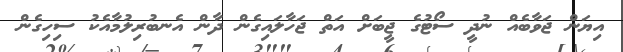
އިޔަން ޖަވާބެއް ނުދީ ސޯޓުގެ ޖީބަށް އަތް ޖަހާލައިގެން ދާން އެނބުރިލުމާއެކު ސިހިގެން